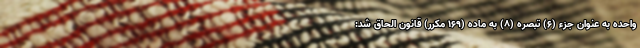
واحده به عنوان جزء (۶) تبصره (۸) به ماده (۱۶۹ مکرر) قانون الحاق شد: